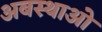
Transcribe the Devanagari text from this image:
अबस्थाओ